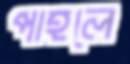
পাহলে